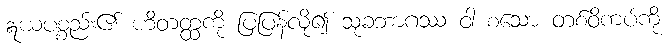
ဣယပစ္စည်း၏ ဟိတတ္ထကို ပြပြန်လို၍ သုခဘာဂဿ ဝါ စသော တစ်ဝိကပ်ကို